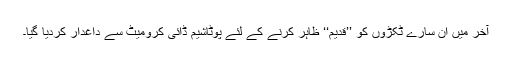
آخر میں ان سارے ٹکڑوں کو ’’قدیم‘‘ ظاہر کرنے کے لئے پوٹاشیم ڈائی کرومیٹ سے داغدار کردیا گیا۔